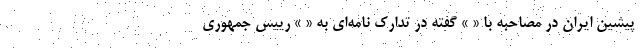
پیشین ایران در مصاحبه با « » گفته در تدارک نامه‌ای به « » رییس جمهوری